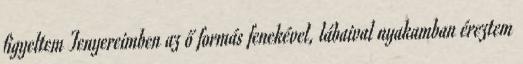
figyeltem Tenyereimben az ő formás fenekével, lábaival nyakamban éreztem